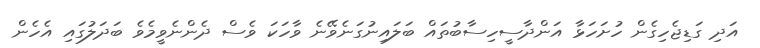
އަދި ގަޑިޖެހިގެން ހުށަހަޅާ އަންދާސީހިސާބުތައް ބަލައިނުގަނެވޭނެ ވާހަކަ ވެސް ދެންނެވީމެވެ ބަދަލުގައި އެހެން